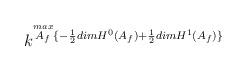
LaTeX: \begin{align*}k^{\stackrel{max}{A_f}\lbrace-\frac{1}{2}dimH^0(A_f)+\frac{1}{2}dimH^1(A_f)\rbrace} \end{align*}